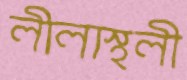
লীলাস্থলী